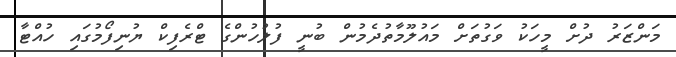
މަންޒަރު ދުށް މީހަކު ވަގުތަށް މައުލޫމާތުދެމުން ބުނީ ފުލުހުންގެ ޓްރެފިކް ޔުނިފޯމުގައި ހުއްޓާ